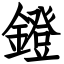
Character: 鐙